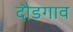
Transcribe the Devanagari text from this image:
दौडगाव